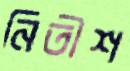
নিতীশ